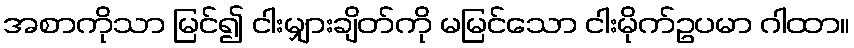
အစာကိုသာ မြင်၍ ငါးမျှားချိတ်ကို မမြင်သော ငါးမိုက်ဥပမာ ဂါထာ။